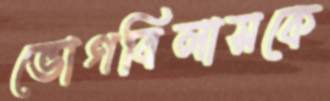
ভোগবিলাসকে